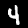
Digit: 4